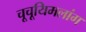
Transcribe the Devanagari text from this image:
चूचूयिमलांग